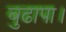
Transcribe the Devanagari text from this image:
बुढापा।